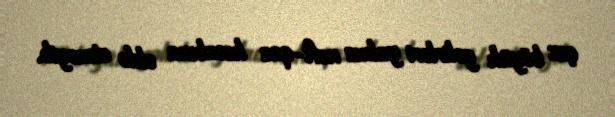
çox böyük gəlirləri yalnız neft-qaz hesabına əldə etməyib.